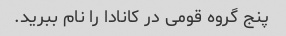
پنج گروه قومی در کانادا را نام ببرید.